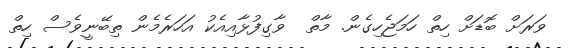
ވަރަށް ބޮޑަށް ހިތް ހަމަޖެހިގެން. މާތް  ވާގިފުޅާއިއެކު އަހަރެމެން ތިބޭނީވެސް ހިތް